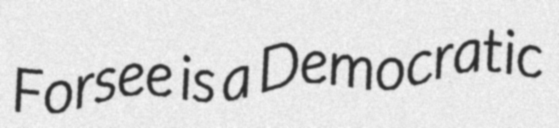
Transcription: Forsee is a Democratic